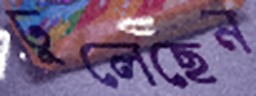
ঢুলেছেন